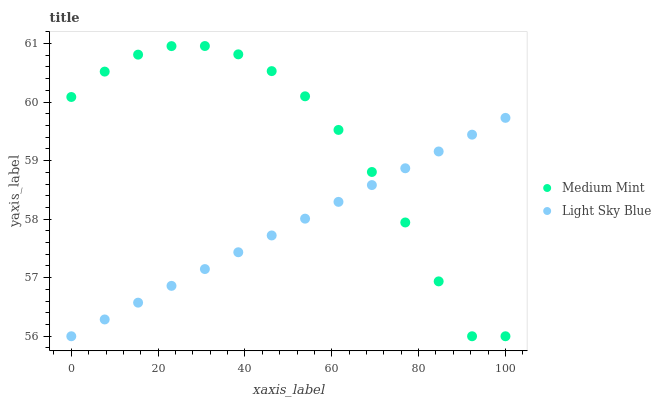
| xaxis_label | Medium Mint | Light Sky Blue |
 | --- | --- | --- |
 | 0 | 60.1 | 56 |
 | 7.69 | 60.5 | 56.3 |
 | 15.4 | 60.8 | 56.6 |
 | 23.1 | 61 | 56.9 |
 | 30.8 | 61 | 57.1 |
 | 38.5 | 60.8 | 57.4 |
 | 46.2 | 60.5 | 57.7 |
 | 53.8 | 60.1 | 58 |
 | 61.5 | 59.5 | 58.3 |
 | 69.2 | 58.8 | 58.6 |
 | 76.9 | 57.9 | 58.9 |
 | 84.6 | 56.9 | 59.2 |
 | 92.3 | 56 | 59.4 |
 | 100 | 56 | 59.7 |